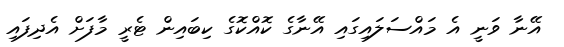
އޭނާ ވަނީ އެ މައްސަލައިގައި އޭނާގެ ކޮއްކޮގެ ކިބައިން ޓެރީ މާފަށް އެދިފައި